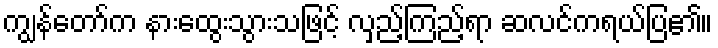
ကျွန်တော်က နားထွေးသွားသဖြင့် လှည့်ကြည့်ရာ ဆလင်ကရယ်ပြ၏။